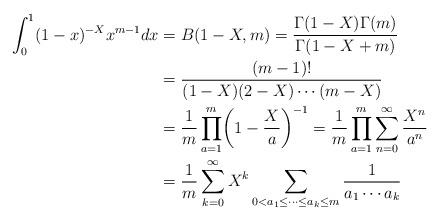
LaTeX: \begin{align*}\int_0^1(1-x)^{-X}x^{m-1}dx&=B(1-X,m)=\frac{\Gamma(1-X)\Gamma(m)}{\Gamma(1-X+m)}\\&=\frac{(m-1)!}{(1-X)(2-X)\cdots(m-X)}\\&=\frac{1}{m}\prod_{a=1}^m\biggl(1-\frac{X}{a}\biggr)^{-1}=\frac{1}{m}\prod_{a=1}^m\sum_{n=0}^\infty \frac{X^n}{a^n}\\&=\frac{1}{m}\sum_{k=0}^\infty X^k\sum_{0<a_1\leq\cdots\leq a_k\leq m}\frac{1}{a_1\cdots a_k} \end{align*}